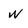
Character: W